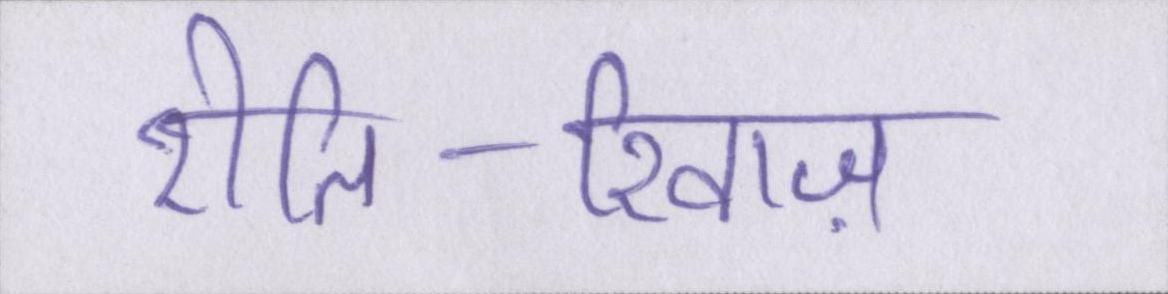
रीति-रिवाज़